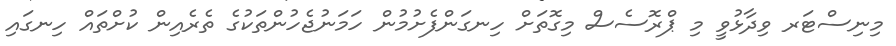
މިނިސްޓަރ ވިދާޅުވީ މި ޕްރޮސެސް މިގޮތަށް ހިނގަންފެށުމުން ހަމަނުޖެހުންތަކުގެ ތެރެއިން ކުށްތައް ހިނގައި